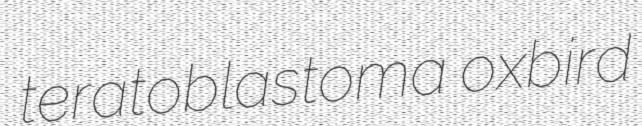
teratoblastoma oxbird